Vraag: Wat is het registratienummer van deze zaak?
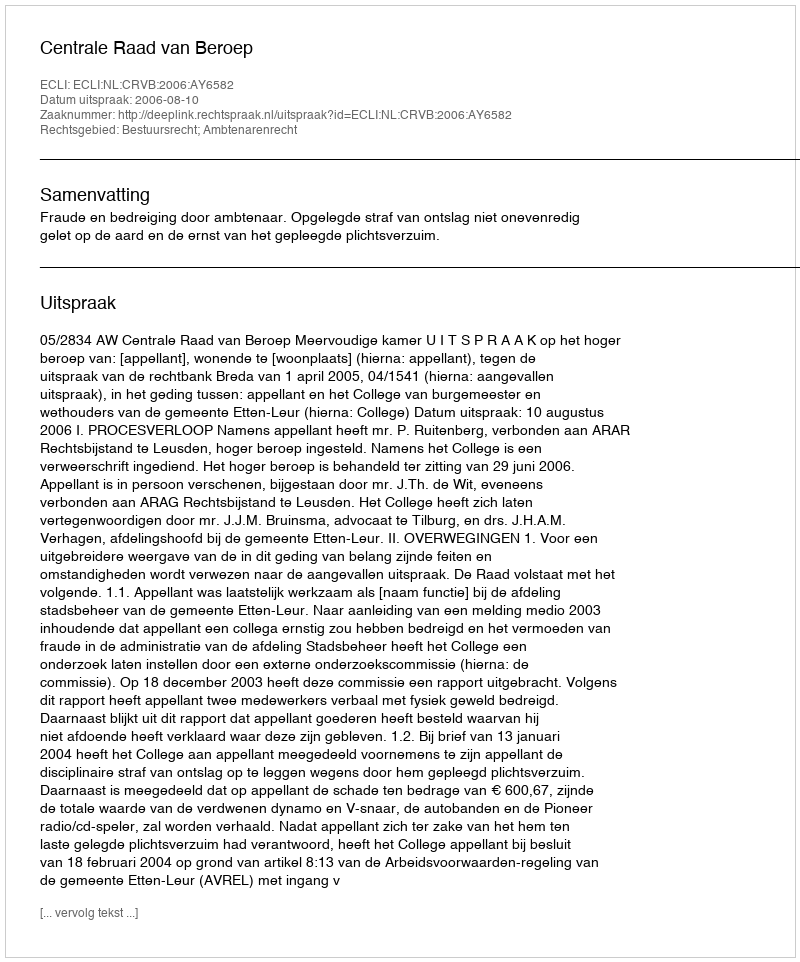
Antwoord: http://deeplink.rechtspraak.nl/uitspraak?id=ECLI:NL:CRVB:2006:AY6582